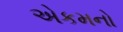
એકમનો